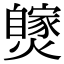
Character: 𤒝